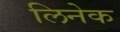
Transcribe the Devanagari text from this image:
लिनेक